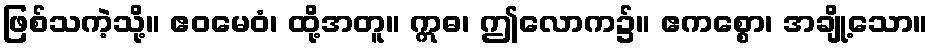
ဖြစ်သကဲ့သို့။ ဧဝမေဝံ၊ ထို့အတူ။ ဣဓ၊ ဤလောက၌။ ဧကစ္စော၊ အချို့သော။